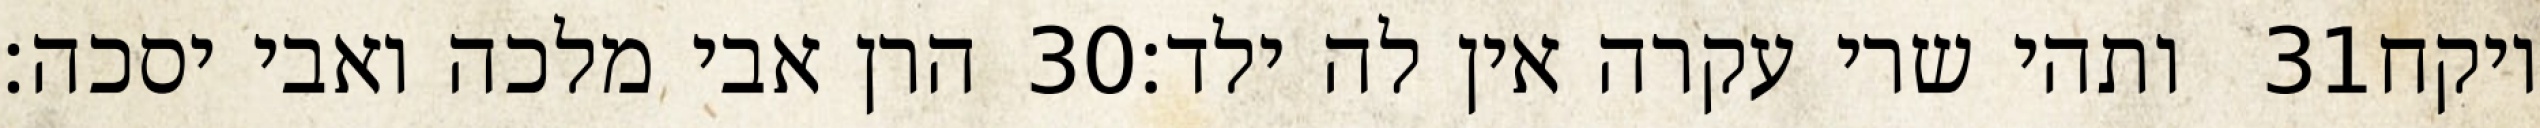
הרן אבי מלכה ואבי יסכה׃ ‎30‏ ותהי שרי עקרה אין לה ילד׃ ‎31‏ ויקח